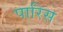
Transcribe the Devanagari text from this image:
पारिस